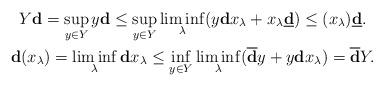
LaTeX: \begin{gather*}Y\mathbf{d}=\sup_{y\in Y}y\mathbf{d}\leq\sup_{y\in Y}\liminf_\lambda(y\mathbf{d}x_\lambda+x_\lambda\underline{\mathbf{d}})\leq(x_\lambda)\underline{\mathbf{d}}.\\\mathbf{d}(x_\lambda)=\liminf_\lambda\mathbf{d}x_\lambda\leq\inf_{y\in Y}\liminf_\lambda(\overline{\mathbf{d}}y+y\mathbf{d}x_\lambda)=\overline{\mathbf{d}}Y.\end{gather*}